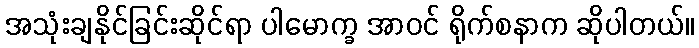
အသုံးချနိုင်ခြင်းဆိုင်ရာ ပါမောက္ခ အာဝင် ရိုက်စနာက ဆိုပါတယ်။